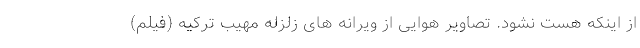
از اینکه هست نشود. تصاویر هوایی از ویرانه های زلزله مهیب ترکیه (فیلم)